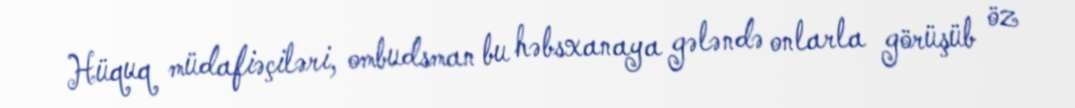
Hüquq müdafiəçiləri, ombudsman bu həbsxanaya gələndə onlarla görüşüb öz